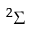
^ 2 \Sigma